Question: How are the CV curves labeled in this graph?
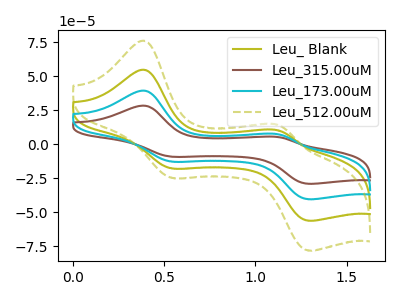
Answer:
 <answer>The olive curve is labeled "Leu_ Blank". The brown curve is labeled "Leu_315.00uM". The cyan curve is labeled "Leu_173.00uM". The olive dashed curve is labeled "Leu_512.00uM".</answer>
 <eval></eval>